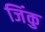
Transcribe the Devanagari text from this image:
जिंकु